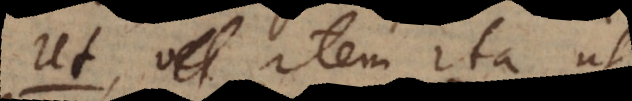
Ut, vel item ita ut,